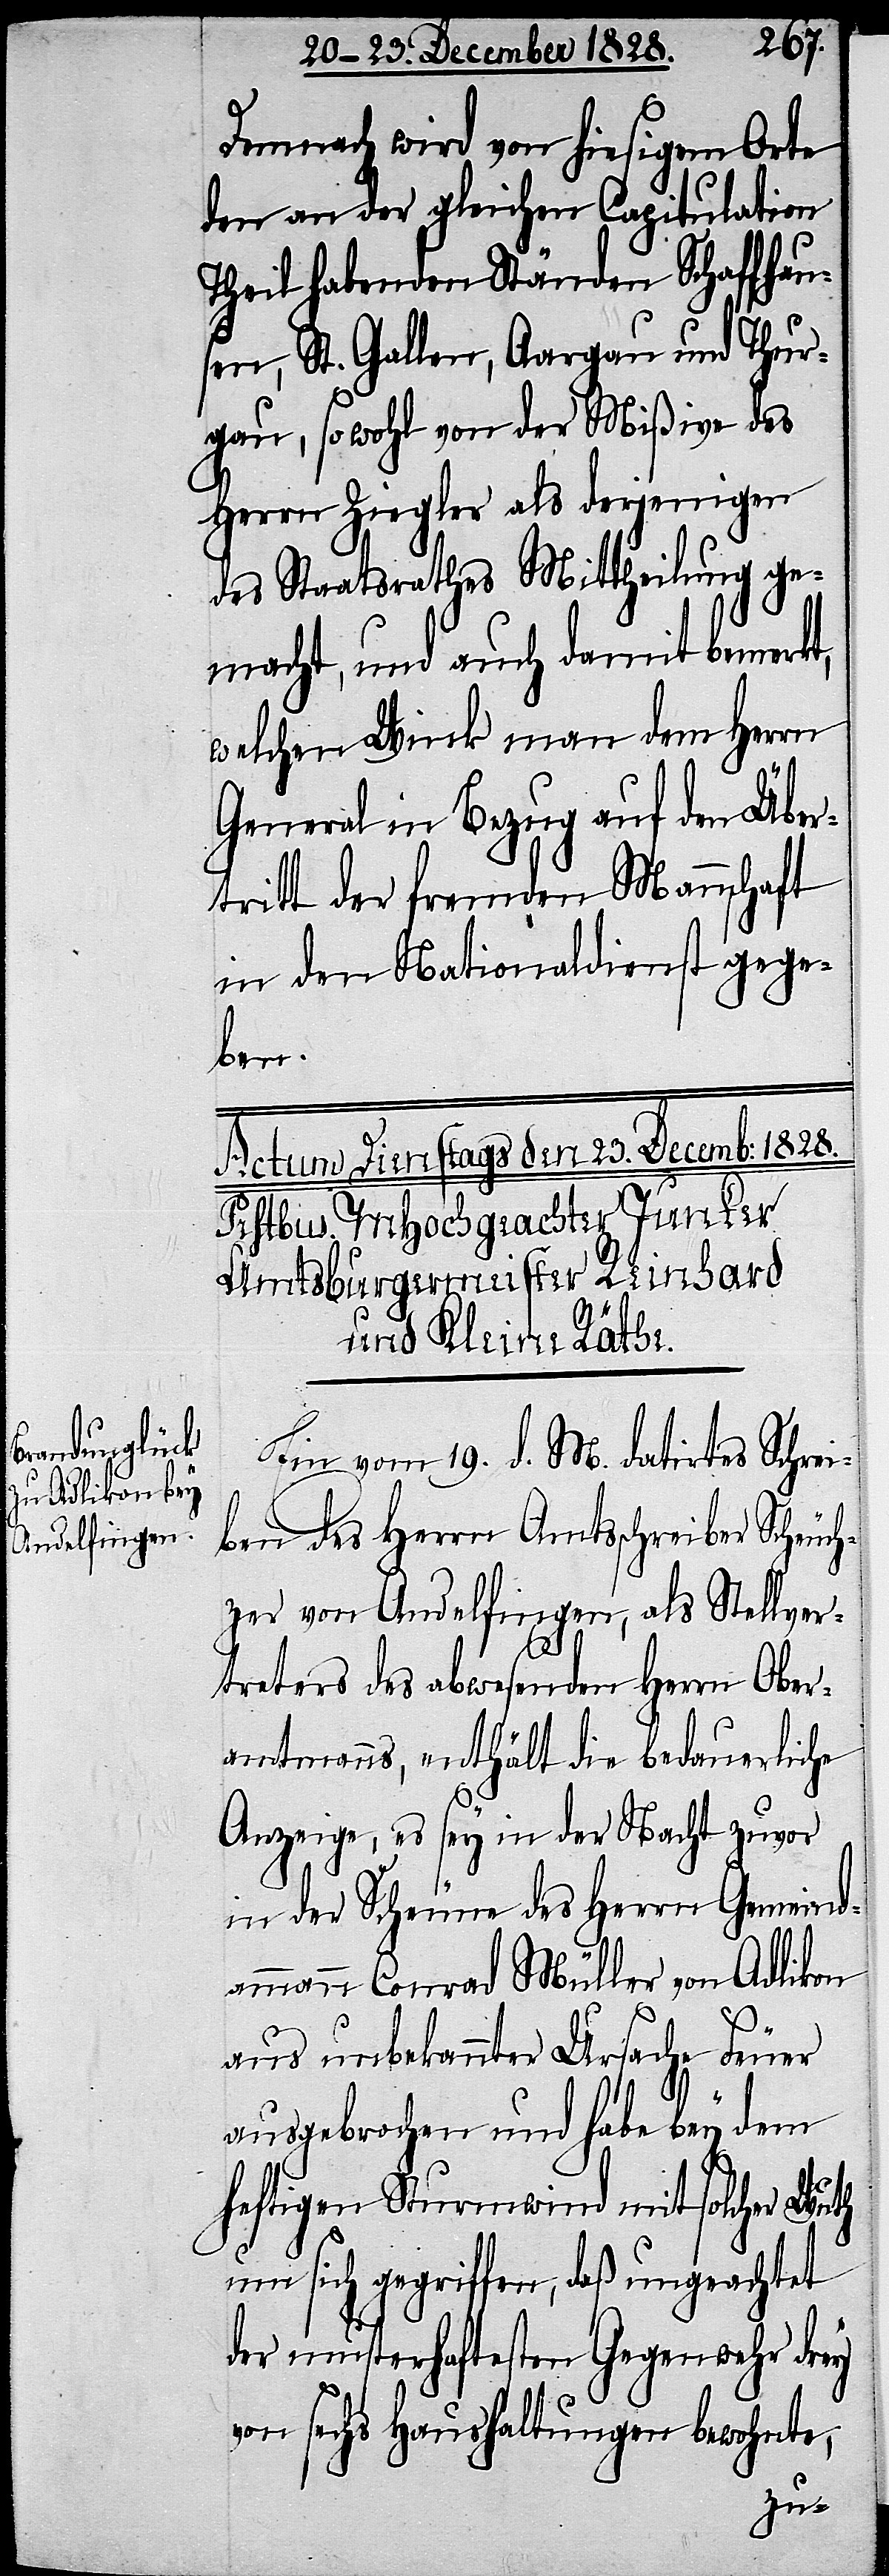
Demnach wird von hiesigem Orte
den an der gleichen Capitulation
Theil habenden Ständen Schaffhau¬
sen, St. Gallen, Aargau und Thur¬
gau, sowohl von der Mißive des
Herrn Ziegler als derjenigen
des Staatsrathes Mittheilung ge¬
macht, und auch damit bemerkt,
welchen Wink man dem Herrn
General in Bezug auf den Über¬
tritt der fremden Mannschaft
in den Nationaldienst gege¬
ben.
Ein vom 19. d. M. datirtes Schrei¬
ben des Herrn Amtsschreiber Scheuch¬
zer von Andelfingen, als Stellver¬
treters des abwesenden Herrn Ober¬
amtmanns, enthält die bedauerliche
Anzeige, es sey in der Nacht zuvor
in der Scheune des Herrn Gemeind¬
ammann Conrad Müller von Adlikon
aus unbekannter Ursache Feuer
ausgebrochen und habe bey dem
heftigen Sturmwind mit solcher Wuth
um sich gegriffen, daß ungeachtet
der musterhaftesten Gegenwehr drey
von sechs Haushaltungen bewohnte,